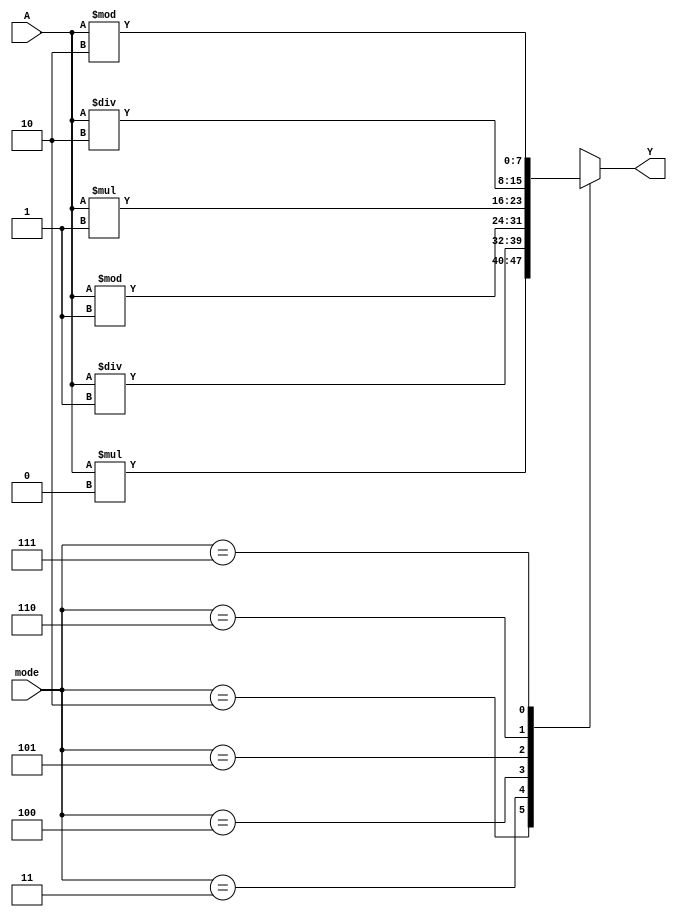
module constmuldivmod(input [7:0] A, input [2:0] mode, output reg [7:0] Y);
	always @* begin
		case (mode)
			0: Y = A / 8'd0;
			1: Y = A % 8'd0;
			2: Y = A * 8'd0;

			3: Y = A / 8'd1;
			4: Y = A % 8'd1;
			5: Y = A * 8'd1;

			6: Y = A / 8'd2;
			7: Y = A % 8'd2;
			8: Y = A * 8'd2;

			9: Y = A / 8'd4;
			10: Y = A % 8'd4;
			11: Y = A * 8'd4;

			12: Y = A / 8'd8;
			13: Y = A % 8'd8;
			14: Y = A * 8'd8;

			default: Y = 8'd16 * A;
		endcase
	end
endmodule